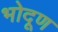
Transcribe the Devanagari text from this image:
भोदूण